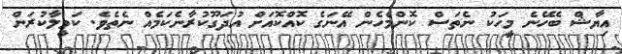
އިޔާޝް ބެހޭނެ މީހަކު ނެތަސް ކޮންމެހެން އޭނަގެ ކޮއްކޮއަށް އުދަގޫކުރާނެކަމެއް ނެތެވެ. ކަމީލާކުރަން